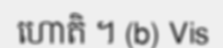
ហោតិ ។ (b) Vis